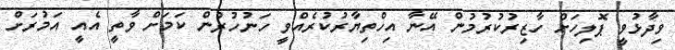
ވިދާޅުވީ ޕޮލިހަށް ހާޒިރުކުރުމުން އޭނާ އިހްތިޔާރުކުރެެއްވީ ހަނުހުރުން ކަމަށް ވާތީ އެއީ އަމުރަށް